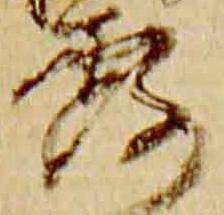
露